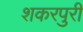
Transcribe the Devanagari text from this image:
शकरपुरी